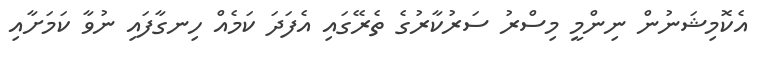
އެކޮމިޝަނުން ނިންމީ މިސްރު ސަރުކާރުގެ ތެރޭގައި އެފަދަ ކަމެއް ހިނގާފައި ނުވާ ކަމަށާއި